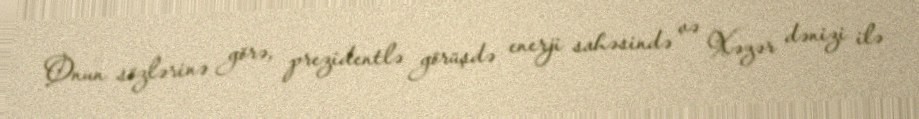
Onun sözlərinə görə, prezidentlə görüşdə enerji sahəsində və Xəzər dənizi ilə